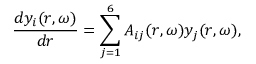
\frac { d y _ { i } ( r , \omega ) } { d r } = \sum _ { j = 1 } ^ { 6 } A _ { i j } ( r , \omega ) y _ { j } ( r , \omega ) ,